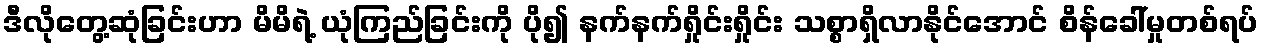
ဒီလိုတွေ့ဆုံခြင်းဟာ မိမိရဲ့ ယုံကြည်ခြင်းကို ပို၍ နက်နက်ရှိုင်းရှိုင်း သစ္စာရှိလာနိုင်အောင် စိန်ခေါ်မှုတစ်ရပ်